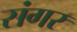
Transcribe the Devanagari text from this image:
संगर